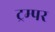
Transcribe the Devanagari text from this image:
ट्रम्पर